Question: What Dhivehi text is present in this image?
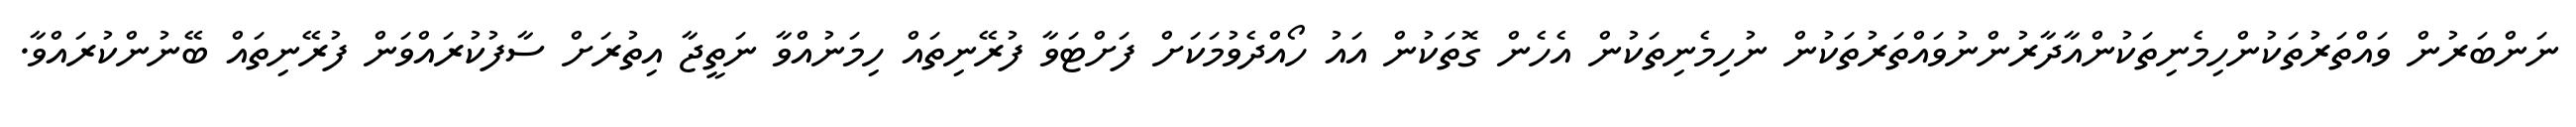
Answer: ނަންބަރުން ވައްތަރުތަކުންހިމެނިތަކުންއާދާރުންނުވައްތަރުތަކުން ނުހިމެނިތަކުން އެހެން ގޮތަކުން އައު ހޯއްދެވުމަކަށް ފަށްޓަވާ ފުރޭނިތައް ހިމަނުއްވާ ނަތީޖާ އިތުރަށް ސާފުކުރައްވަން ފުރޭނިތައް ބޭނުންކުރައްވާ.